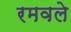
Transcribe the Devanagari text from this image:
रमवले